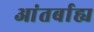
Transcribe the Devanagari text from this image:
आंतर्बाह्य